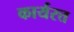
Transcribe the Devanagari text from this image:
कार्यरत्त